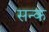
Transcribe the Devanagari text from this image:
सन्क